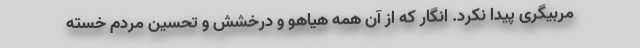
مربیگری پیدا نکرد. انگار که از آن همه هیاهو و درخشش و تحسین مردم خسته